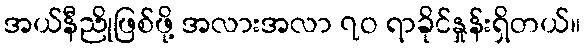
အယ်နီညိုဖြစ်ဖို့ အလားအလာ ၇ဝ ရာခိုင်နှုန်းရှိတယ်။